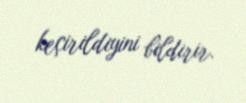
keçirildiyini bildirir.